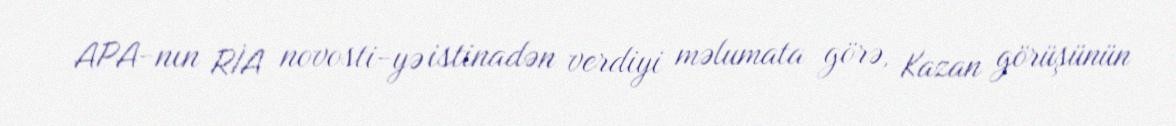
APA-nın RİA novosti-yə istinadən verdiyi məlumata görə, Kazan görüşünün